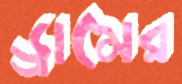
ড্রামের